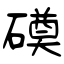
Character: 磸